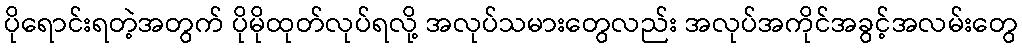
ပိုရောင်းရတဲ့အတွက် ပိုမိုထုတ်လုပ်ရလို့ အလုပ်သမားတွေလည်း အလုပ်အကိုင်အခွင့်အလမ်းတွေ